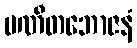
ပဏီတဘောဇနံ